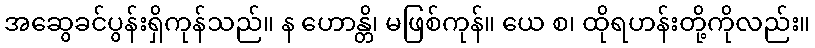
အဆွေခင်ပွန်းရှိကုန်သည်။ န ဟောန္တိ၊ မဖြစ်ကုန်။ ယေ စ၊ ထိုရဟန်းတို့ကိုလည်း။